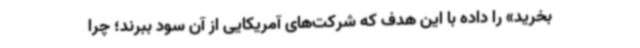
بخرید» را داده با این هدف که شرکت‌های آمریکایی از آن سود ببرند؛ چرا